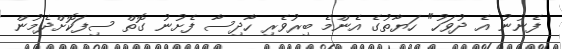
ފެނުނު އެ ދުވަހު" ހަޔާތުގެ އެންމެ ބިރުވެރި ހާދިސާ ފެށުނު ގޮތް ސިފަކޮށްދެމުން